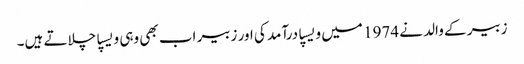
زبیر کے والد نے 1974 میں ویسپا درآمد کی اور زبیر اب بھی وہی ویسپا چلاتے ہیں۔